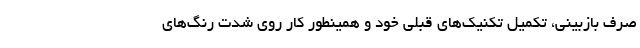
صرف بازبینی، تکمیل تکنیک‌های قبلی خود و همینطور کار روی شدت رنگ‌های